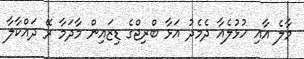
މާލެ އާއި ހުޅުލެއާ ދެމެދު އަޅާ ބްރިޖްގެ ޑިޒައިން މާދަމާ ރޭ ދައްކާލާ